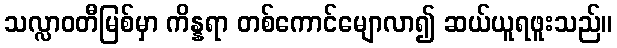
သလ္လာဝတီမြစ်မှာ ကိန္နရာ တစ်ကောင်မျောလာ၍ ဆယ်ယူရဖူးသည်။